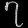
Digit: ၇